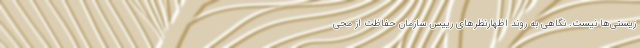
زیستی‌ها نیست. نگاهی به روند اظهارنظرهای رییس سازمان حفاظت از محی